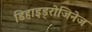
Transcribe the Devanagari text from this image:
डिहाइड्रोजिनेज